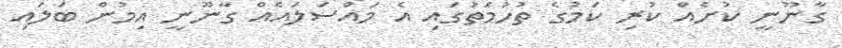
ގާނޫނީ ކުށެއް ކުރި ކަމުގެ ތުހުމަތުގައި އެ މައްސަލައެއް ގާނޫނީ އިމުން ބަލައި